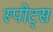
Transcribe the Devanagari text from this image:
स्‍पोट्स